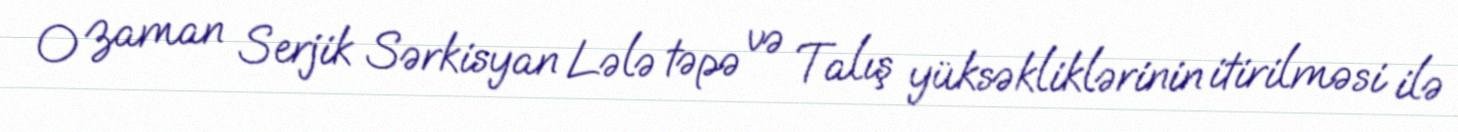
O zaman Serjik Sərkisyan Lələ təpə və Talış yüksəkliklərinin itirilməsi ilə